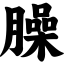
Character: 臊